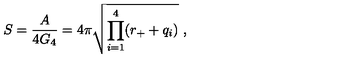
S = { \frac { A } { 4 G _ { 4 } } } = 4 \pi \sqrt { \prod _ { i = 1 } ^ { 4 } ( r _ { + } + q _ { i } ) } \ ,